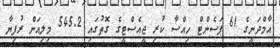
އާމްދަނީގެ 61 ޕަސެންޓް ހިއްސާ ކުރި ޖީއެސްޓީގެ ގޮތުގައި 545.2 މިލިއަން ރުފިޔާ